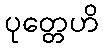
ပုတ္တေဟိ